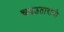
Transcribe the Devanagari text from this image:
चढउतारांची